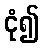
ငုံ၍